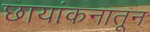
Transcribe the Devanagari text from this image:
छायांकनातून